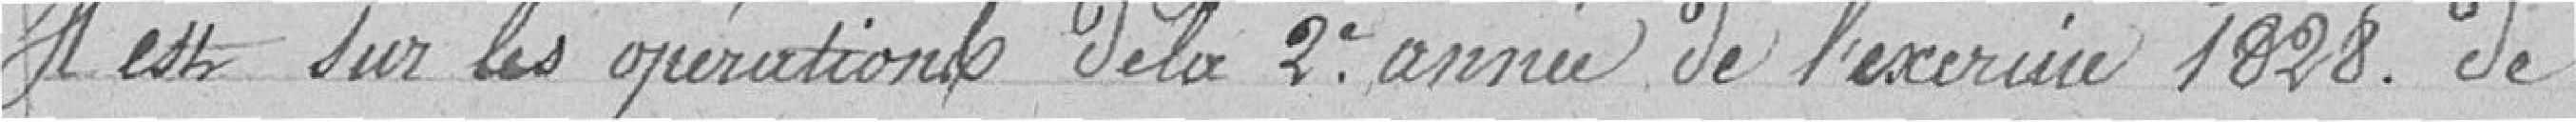
Il est sur les opérations de la 2° année de l'exercice 1828. de